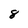
Character: 8